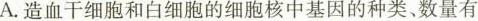
A.造血干细胞和白细胞的细胞核中基因的种类、数量有